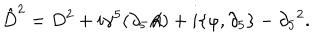
\hat { D } ^ { 2 } = D ^ { 2 } + i \gamma ^ { 5 } ( \partial _ { 5 } A \! \! \! / ) + i \{ \varphi , \partial _ { 5 } \} - \partial _ { 5 } { } ^ { 2 } .